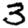
Digit: 3